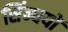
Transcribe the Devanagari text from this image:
सिंन्धयों